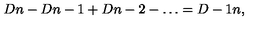
{ \binom { D } { n } } - { \binom { D } { n - 1 } } + { \binom { D } { n - 2 } } - \ldots = { \binom { D - 1 } { n } } ,